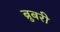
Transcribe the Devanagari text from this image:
ब्रुबरी